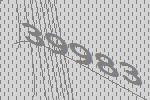
39983